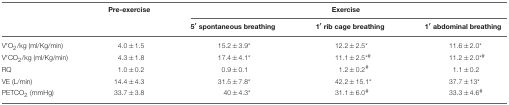
|  | Pre-exercise | <COLSPAN=3> Exercise |
 |  |  | 5′ spontaneous breathing | 1′ rib cage breathing | 1′ abdominal breathing |
 | --- | --- | --- | --- | --- |
 | V′O2/kg (ml/Kg/min) | 4.0±1.5 | 15.2±3.9* | 12.2±2.5* | 11.6±2.0* |
 | V′CO2/kg (ml/Kg/min) | 4.3±1.8 | 17.4±4.1* | 11.1±2.5*# | 11.2±2.0*# |
 | RQ | 1.0±0.2 | 0.9±0.1 | 1.2±0.2# | 1.1±0.2 |
 | VE (L/min) | 14.4±4.3 | 31.5±7.8* | 42.2±15.1* | 37.7±13* |
 | PETCO2 (mmHg) | 33.7±3.8 | 40±4.3* | 31.1±6.0# | 33.3±4.6# |